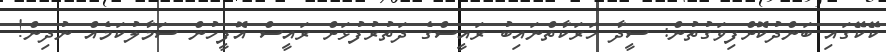
ކޭކޭގައި ބަންދުކޮށްފިވަގުތުން: ސީދާ ހަރަކާތްނައިބު ރައީސްގެ ދަތުރުފުޅަށް ރައީސް އޮފީހުން ސަމާލުކަމެއް ނުދިން!